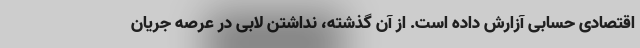
اقتصادی حسابی آزارش داده است. از آن گذشته، نداشتن لابی در عرصه جریان